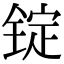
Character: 锭